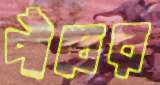
পাঁচের